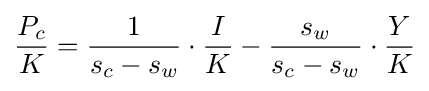
{\frac {P_{c}}{K}}={\frac {1}{s_{c}-s_{w}}}\cdot {\frac {I}{K}}-{\frac {s_{w}}{s_{c}-s_{w}}}\cdot {\frac {Y}{K}}